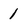
Character: 1